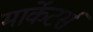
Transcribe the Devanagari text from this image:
मार्केटर्स